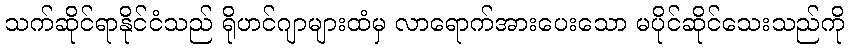
သက်ဆိုင်ရာနိုင်ငံသည် ရိုဟင်ဂျာများထံမှ လာရောက်အားပေးသော မပိုင်ဆိုင်သေးသည်ကို